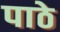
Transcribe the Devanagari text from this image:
पाठे